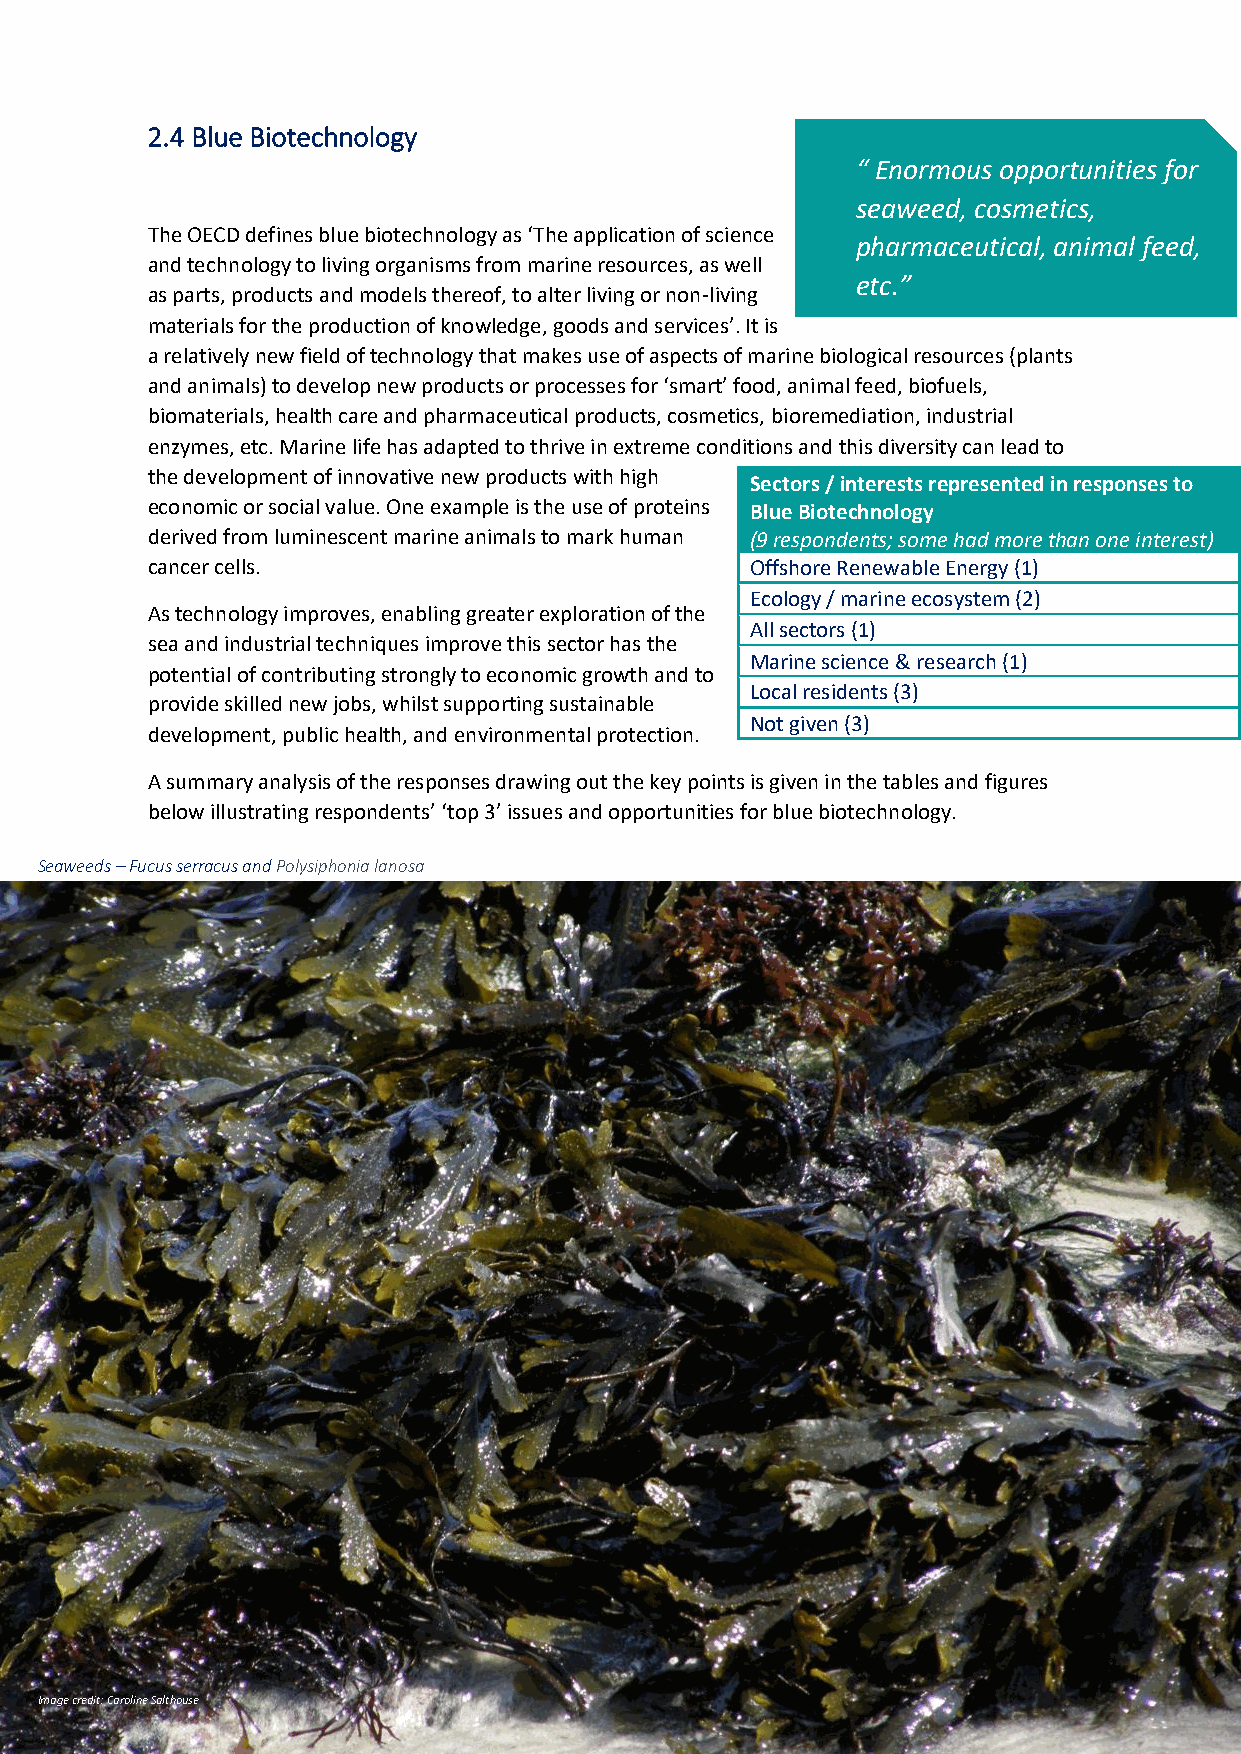
2.4 Blue Biotechnology
 “ Enormous opportunities for
 seaweed, cosmetics,
 The OECD defines blue biotechnology as ‘The application of science
 pharmaceutical, animal feed,
 and technology to living organisms from marine resources, as well
 etc.”
 as parts, products and models thereof, to alter living or non-living
 materials for the production of knowledge, goods and services’. It is
 ote. “
 a relatively new field of technology that makes use of aspects of marine biological resources (plants
 and animals) to develop new products or processes for ‘smart’ food, animal feed, biofuels,
 biomaterials, health care and pharmaceutical products, cosmetics, bioremediation, industrial
 enzymes, etc. Marine life has adapted to thrive in extreme conditions and this diversity can lead to
 the development of innovative new products with high
 Sectors / interests represented in responses to
 economic or social value. One example is the use of proteins Blue Biotechnology
 derived from luminescent marine animals to mark human (9 respondents; some had more than one interest)
 cancer cells.                           Offshore Renewable Energy (1)
 Ecology / marine ecosystem (2)
 As technology improves, enabling greater exploration of the
 All sectors (1)
 sea and industrial techniques improve this sector has the
 Marine science & research (1)
 potential of contributing strongly to economic growth and to
 Local residents (3)
 provide skilled new jobs, whilst supporting sustainable
 Not given (3)
 development, public health, and environmental protection.
 A summary analysis of the responses drawing out the key points is given in the tables and figures
 below illustrating respondents’ ‘top 3’ issues and opportunities for blue biotechnology.
 Seaweeds – Fucus serracus and Polysiphonia lanosa
 Image credit: Caroline Salthouse